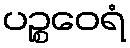
ပဉ္စဝေရံ